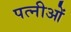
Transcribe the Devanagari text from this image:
पत्नीओं